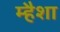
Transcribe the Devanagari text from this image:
म्हैशा